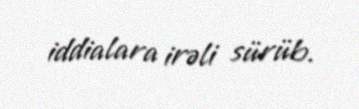
iddialara irəli sürüb.